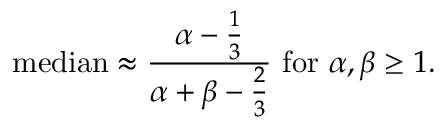
{ \mathrm { m e d i a n } } \approx { \frac { \alpha - { \frac { 1 } { 3 } } } { \alpha + \beta - { \frac { 2 } { 3 } } } } { \mathrm { ~ f o r ~ } } \alpha , \beta \geq 1 .